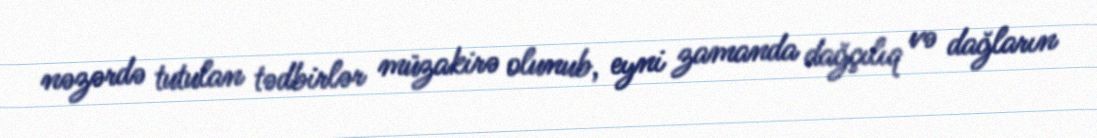
nəzərdə tutulan tədbirlər müzakirə olunub, eyni zamanda dağçılıq və dağların